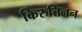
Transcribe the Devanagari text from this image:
किरुत्तिनन